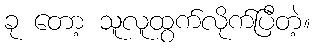
ခု တော့ သူလူထွက်လိုက်ပြီတဲ့။